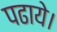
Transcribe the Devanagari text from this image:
पढाये।